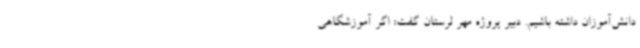
دانش‌آموزان داشته باشیم. دبیر پروژه مهر لرستان گفت: اگر آموزشگاهی